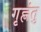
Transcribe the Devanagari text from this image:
गृह्णंतु